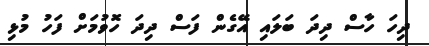
ދިހަ ހާސް ދިދަ ބަލައި އޭގެން ފަސް ދިދަ ހޮވުމަށް ފަހު މުޅި